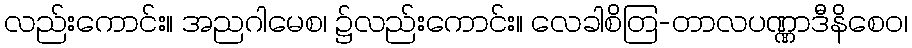
လည်းကောင်း။ အညဂါမေစ၊ ၌လည်းကောင်း။ လေခါစိတြ-တာလပဏ္ဏာဒီနိစေဝ၊